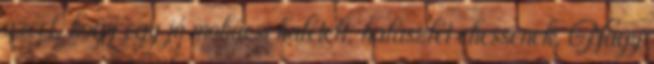
azért, hogy egy jó mohácsi halételt, halászlét ehessenek. Nagy